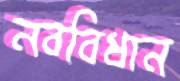
নববিধান